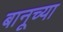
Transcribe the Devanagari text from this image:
बानूच्या